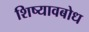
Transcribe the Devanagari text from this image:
शिष्यावबोध